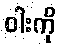
ဝါးကို